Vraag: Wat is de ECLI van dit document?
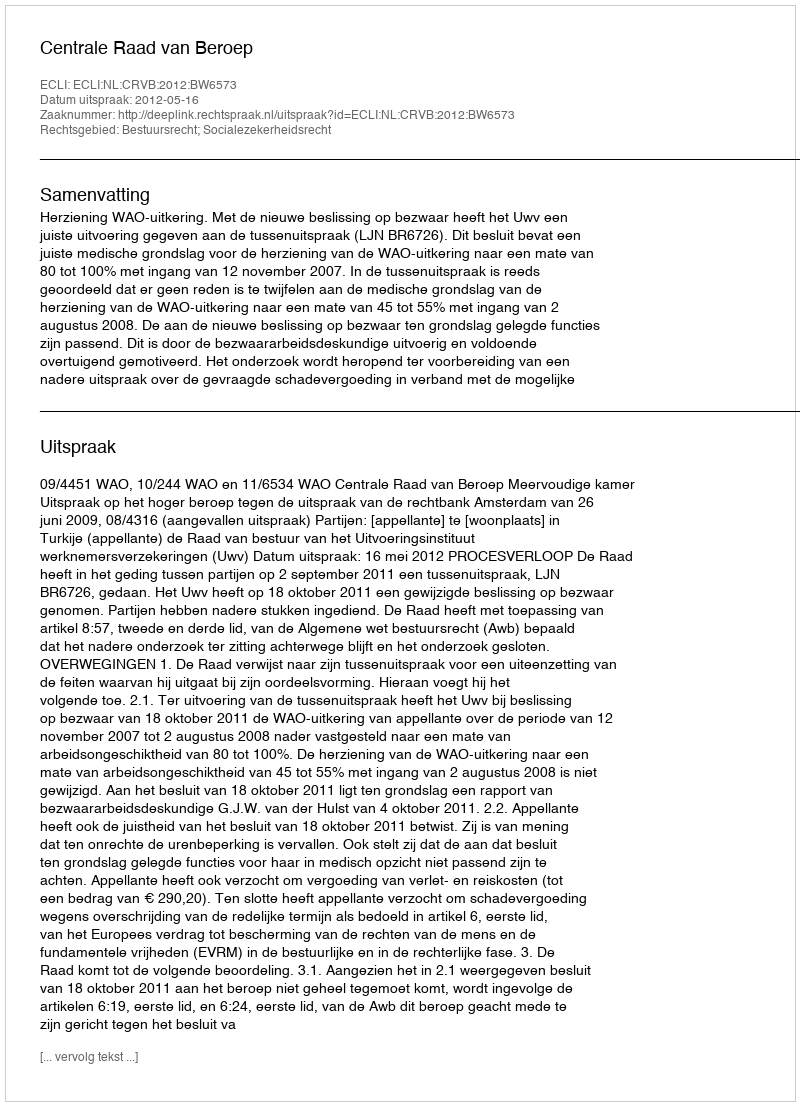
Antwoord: ECLI:NL:CRVB:2012:BW6573